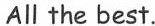
All the best.